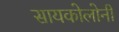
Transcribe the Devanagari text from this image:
सायकोलोनी